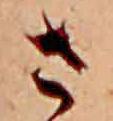
さ